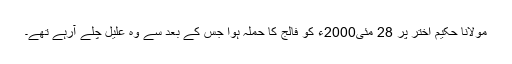
مولانا حکیم اختر پر 28 مئی2000ء کو فالج کا حملہ ہوا جس کے بعد سے وہ علیل چلے آرہے تھے۔